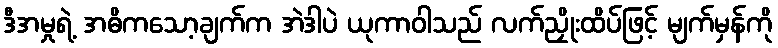
ဒီအမှုရဲ့ အဓိကသော့ချက်က အဲဒါပဲ ယုကာဝါသည် လက်ညှိုးထိပ်ဖြင့် မျက်မှန်ကို